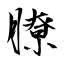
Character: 膫